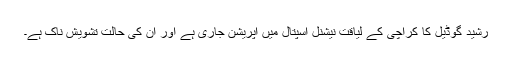
رشید گوڈیل کا کراچی کے لیاقت نیشنل اسپتال میں آپریشن جاری ہے اور ان کی حالت تشویش ناک ہے۔